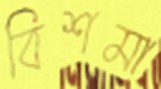
বিশমা